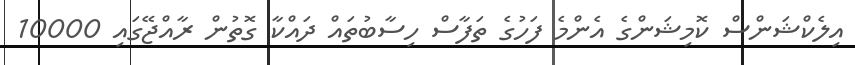
އިލެކްޝަންސް ކޮމިޝަންގެ އެންމެ ފަހުގެ ތަފާސް ހިސާބުތައް ދައްކާ ގޮތުން ރާއްޖޭގައި 10000